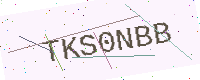
Text: TKS0NBB